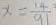
x = \frac { 1 4 } { 9 1 }